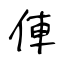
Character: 俥